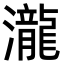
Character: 瀧